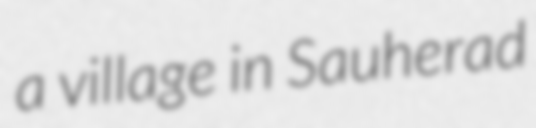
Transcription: a village in Sauherad